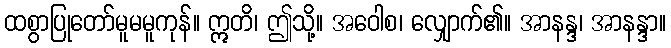
ထစွာပြုတော်မူမမူကုန်။ ဣတိ၊ ဤသို့။ အဝေါစ၊ လျှောက်၏။ အာနန္ဒ၊ အာနန္ဒာ။